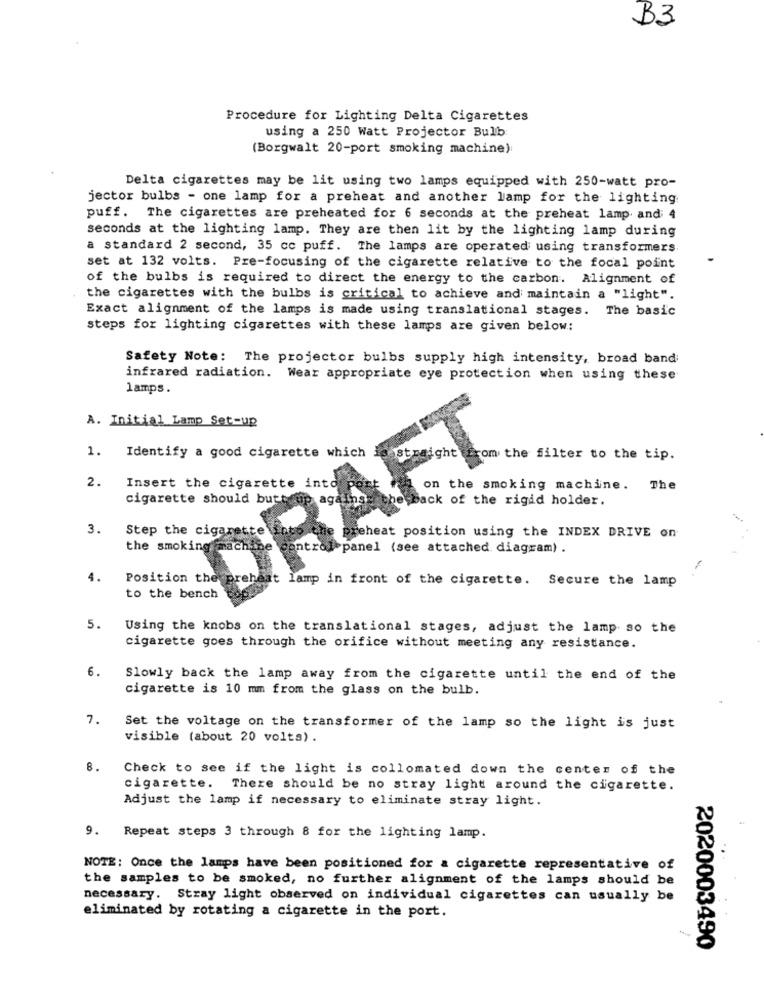
B3
Procedure for Lighting Delta Cigarettes
using a 250 Watt Projector Bulb
(Borgwalt 20-port smoking machine)
Delta cigarettes may be lit using two lamps equipped with 250-watt pro-
jector bulbs - one lamp for a preheat and another lamp for the lighting
puff. The cigarettes are preheated for 6 seconds at the preheat lamp and; 4
seconds at the lighting lamp. They are then lit by the lighting lamp during
a standard 2 second, 35 cc puff. The lamps are operated using transformers
set at 132 volts. Pre-focusing of the cigarette relative to the focal point
of the bulbs is required to direct the energy to the carbon. Alignment of
the cigarettes with the bulbs is critical to achieve and maintain a "light".
Exact alignment of the lamps is made using translational stages. The basic
steps for lighting cigarettes with these lamps are given below:
Safety Note: The projector bulbs supply high intensity, broad band
infrared radiation. Wear appropriate eye protection when using these
lamps.
A. Initial Lamp Set-up
1. Identify a good cigarette which is
DRAFT
om the filter to the tip.
2.
Insert the cigarette into
on the smoking machine. The
cigarette should butt
;back of the rigid holder.
3.
Step the cigax
preheat position using the INDEX DRIVE on
the smoking ma
panel (see attached diagram) .
4.
Position the
lamp in front of the cigarette. Secure the lamp
to the bench
5.
Using the knobs on the translational stages, adjust the lamp so the
cigarette goes through the orifice without meeting any resistance.
6.
Slowly back the lamp away from the cigarette until the end of the
cigarette is 10 mm from the glass on the bulb.
7.
Set the voltage on the transformer of the lamp so the light is just
visible (about 20 volts) .
8.
Check to see if the light is collomated down the center of the
cigarette.
There should be no stray light around the cigarette.
Adjust the lamp if necessary to eliminate stray light.
9. Repeat steps 3 through 8 for the lighting lamp.
NOTE: Once the lamps have been positioned for a cigarette representative of
the samples to be smoked, no further alignment of the lamps should be
necessary. Stray light observed on individual cigarettes can usually be
eliminated by rotating a cigarette in the port.
2020003490